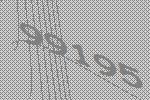
99195